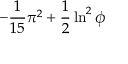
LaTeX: - { \frac { 1 } { 1 5 } } \pi ^ { 2 } + { \frac { 1 } { 2 } } \ln ^ { 2 } \phi